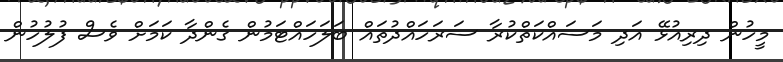
މީހުން ދިރިއުޅޭ އަދި މަސައްކަތްކުރާ ސަރަހައްދުތައް ބަލަހައްޓަމުން ގެންދާ ކަމަށް ވެސް ފުލުހުން